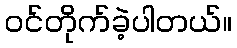
ဝင်တိုက်ခဲ့ပါတယ်။